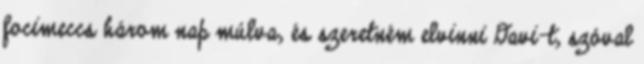
focimeccs három nap múlva, és szeretném elvinni Davi-t, szóval